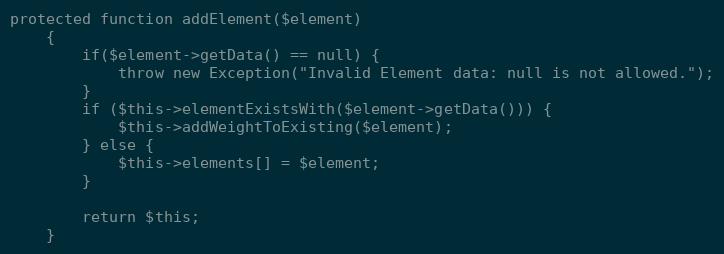
Language: PHP
protected function addElement($element)
    {
        if($element->getData() == null) {
            throw new Exception("Invalid Element data: null is not allowed.");
        }
        if ($this->elementExistsWith($element->getData())) {
            $this->addWeightToExisting($element);
        } else {
            $this->elements[] = $element;
        }

        return $this;
    }